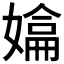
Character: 𭒚